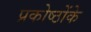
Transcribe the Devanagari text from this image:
प्रकोष्ठोंके